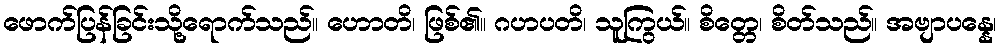
ဖောက်ပြန်ခြင်းသို့ရောက်သည်။ ဟောတိ၊ ဖြစ်၏။ ဂဟပတိ၊ သူကြွယ်။ စိတ္တေ၊ စိတ်သည်။ အဗျာပန္နေ၊